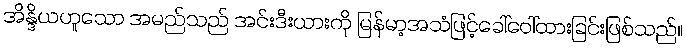
အိန္ဒိယဟူသော အမည်သည် အင်းဒီးယားကို မြန်မာ့အသံဖြင့်ခေါ်ဝေါ်ထားခြင်းဖြစ်သည်။